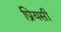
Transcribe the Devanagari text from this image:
प्रियसी